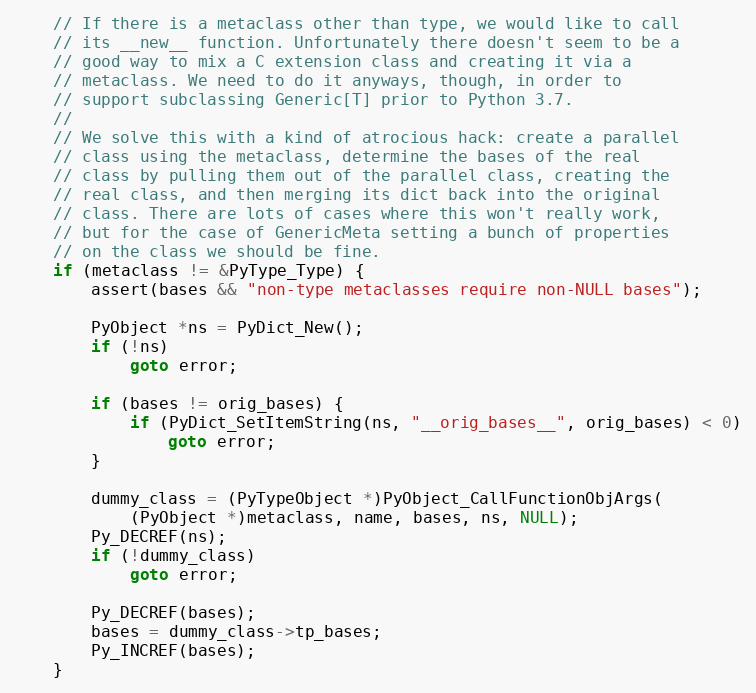
Language: C
    // If there is a metaclass other than type, we would like to call
    // its __new__ function. Unfortunately there doesn't seem to be a
    // good way to mix a C extension class and creating it via a
    // metaclass. We need to do it anyways, though, in order to
    // support subclassing Generic[T] prior to Python 3.7.
    //
    // We solve this with a kind of atrocious hack: create a parallel
    // class using the metaclass, determine the bases of the real
    // class by pulling them out of the parallel class, creating the
    // real class, and then merging its dict back into the original
    // class. There are lots of cases where this won't really work,
    // but for the case of GenericMeta setting a bunch of properties
    // on the class we should be fine.
    if (metaclass != &PyType_Type) {
        assert(bases && "non-type metaclasses require non-NULL bases");

        PyObject *ns = PyDict_New();
        if (!ns)
            goto error;

        if (bases != orig_bases) {
            if (PyDict_SetItemString(ns, "__orig_bases__", orig_bases) < 0)
                goto error;
        }

        dummy_class = (PyTypeObject *)PyObject_CallFunctionObjArgs(
            (PyObject *)metaclass, name, bases, ns, NULL);
        Py_DECREF(ns);
        if (!dummy_class)
            goto error;

        Py_DECREF(bases);
        bases = dummy_class->tp_bases;
        Py_INCREF(bases);
    }